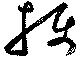
摂